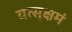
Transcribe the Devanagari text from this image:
यत्सूक्षमं